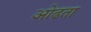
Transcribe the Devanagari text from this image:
ओढता